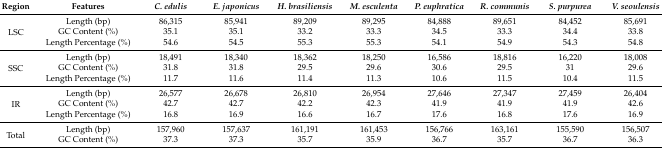
| Region | Features | C. edulis | E. japonicus | H. brasiliensis | M. esculenta | P. euphratica | R. communis | S. purpurea | V. seoulensis |
 | --- | --- | --- | --- | --- | --- | --- | --- | --- | --- |
 | <ROWSPAN=3> LSC | Length (bp) | 86,315 | 85,941 | 89,209 | 89,295 | 84,888 | 89,651 | 84,452 | 85,691 |
 | GC Content (%) | 35.1 | 35.1 | 33.2 | 33.3 | 34.5 | 33.3 | 34.4 | 33.8 |
 | Length Percentage (%) | 54.6 | 54.5 | 55.3 | 55.3 | 54.1 | 54.9 | 54.3 | 54.8 |
 | <ROWSPAN=3> SSC | Length (bp) | 18,491 | 18,340 | 18,362 | 18,250 | 16,586 | 18,816 | 16,220 | 18,008 |
 | GC Content (%) | 31.8 | 31.8 | 29.5 | 29.6 | 30.6 | 29.5 | 31 | 29.6 |
 | Length Percentage (%) | 11.7 | 11.6 | 11.4 | 11.3 | 10.6 | 11.5 | 10.4 | 11.5 |
 | <ROWSPAN=3> IR | Length (bp) | 26,577 | 26,678 | 26,810 | 26,954 | 27,646 | 27,347 | 27,459 | 26,404 |
 | GC Content (%) | 42.7 | 42.7 | 42.2 | 42.3 | 41.9 | 41.9 | 41.9 | 42.6 |
 | Length Percentage (%) | 16.8 | 16.9 | 16.6 | 16.7 | 17.6 | 16.8 | 17.6 | 16.9 |
 | <ROWSPAN=2> Total | Length (bp) | 157,960 | 157,637 | 161,191 | 161,453 | 156,766 | 163,161 | 155,590 | 156,507 |
 | GC Content (%) | 37.3 | 37.3 | 35.7 | 35.9 | 36.7 | 35.7 | 36.7 | 36.3 |